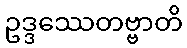
ဥဒ္ဒဿေတဗ္ဗာတိ